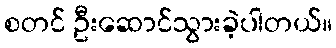
စတင် ဦးဆောင်သွားခဲ့ပါတယ်။